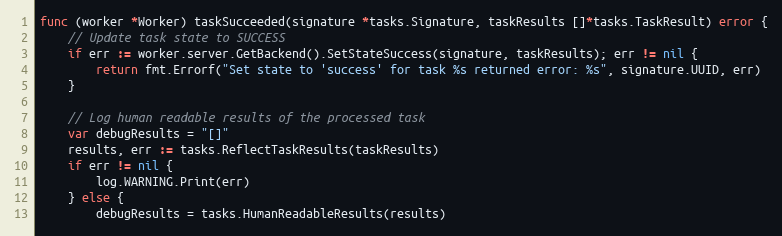
Language: Go
func (worker *Worker) taskSucceeded(signature *tasks.Signature, taskResults []*tasks.TaskResult) error {
	// Update task state to SUCCESS
	if err := worker.server.GetBackend().SetStateSuccess(signature, taskResults); err != nil {
		return fmt.Errorf("Set state to 'success' for task %s returned error: %s", signature.UUID, err)
	}

	// Log human readable results of the processed task
	var debugResults = "[]"
	results, err := tasks.ReflectTaskResults(taskResults)
	if err != nil {
		log.WARNING.Print(err)
	} else {
		debugResults = tasks.HumanReadableResults(results)